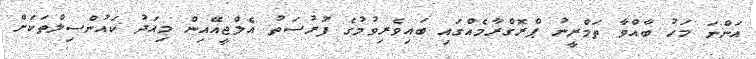
އަންނަ މަހު ބާއްވާ ތަމްރީނު ޕްރޮގްރާމެއްގައި ބައިވެރިވުމުގެ ފުރުސަތު އެލްޖީއޭއިން މިއަދު ކައުންސިލްތަކަށް